255_413270_UFO's_and_Defense_What_Should_we_Prepare_For
Agency: NASA
Page 8
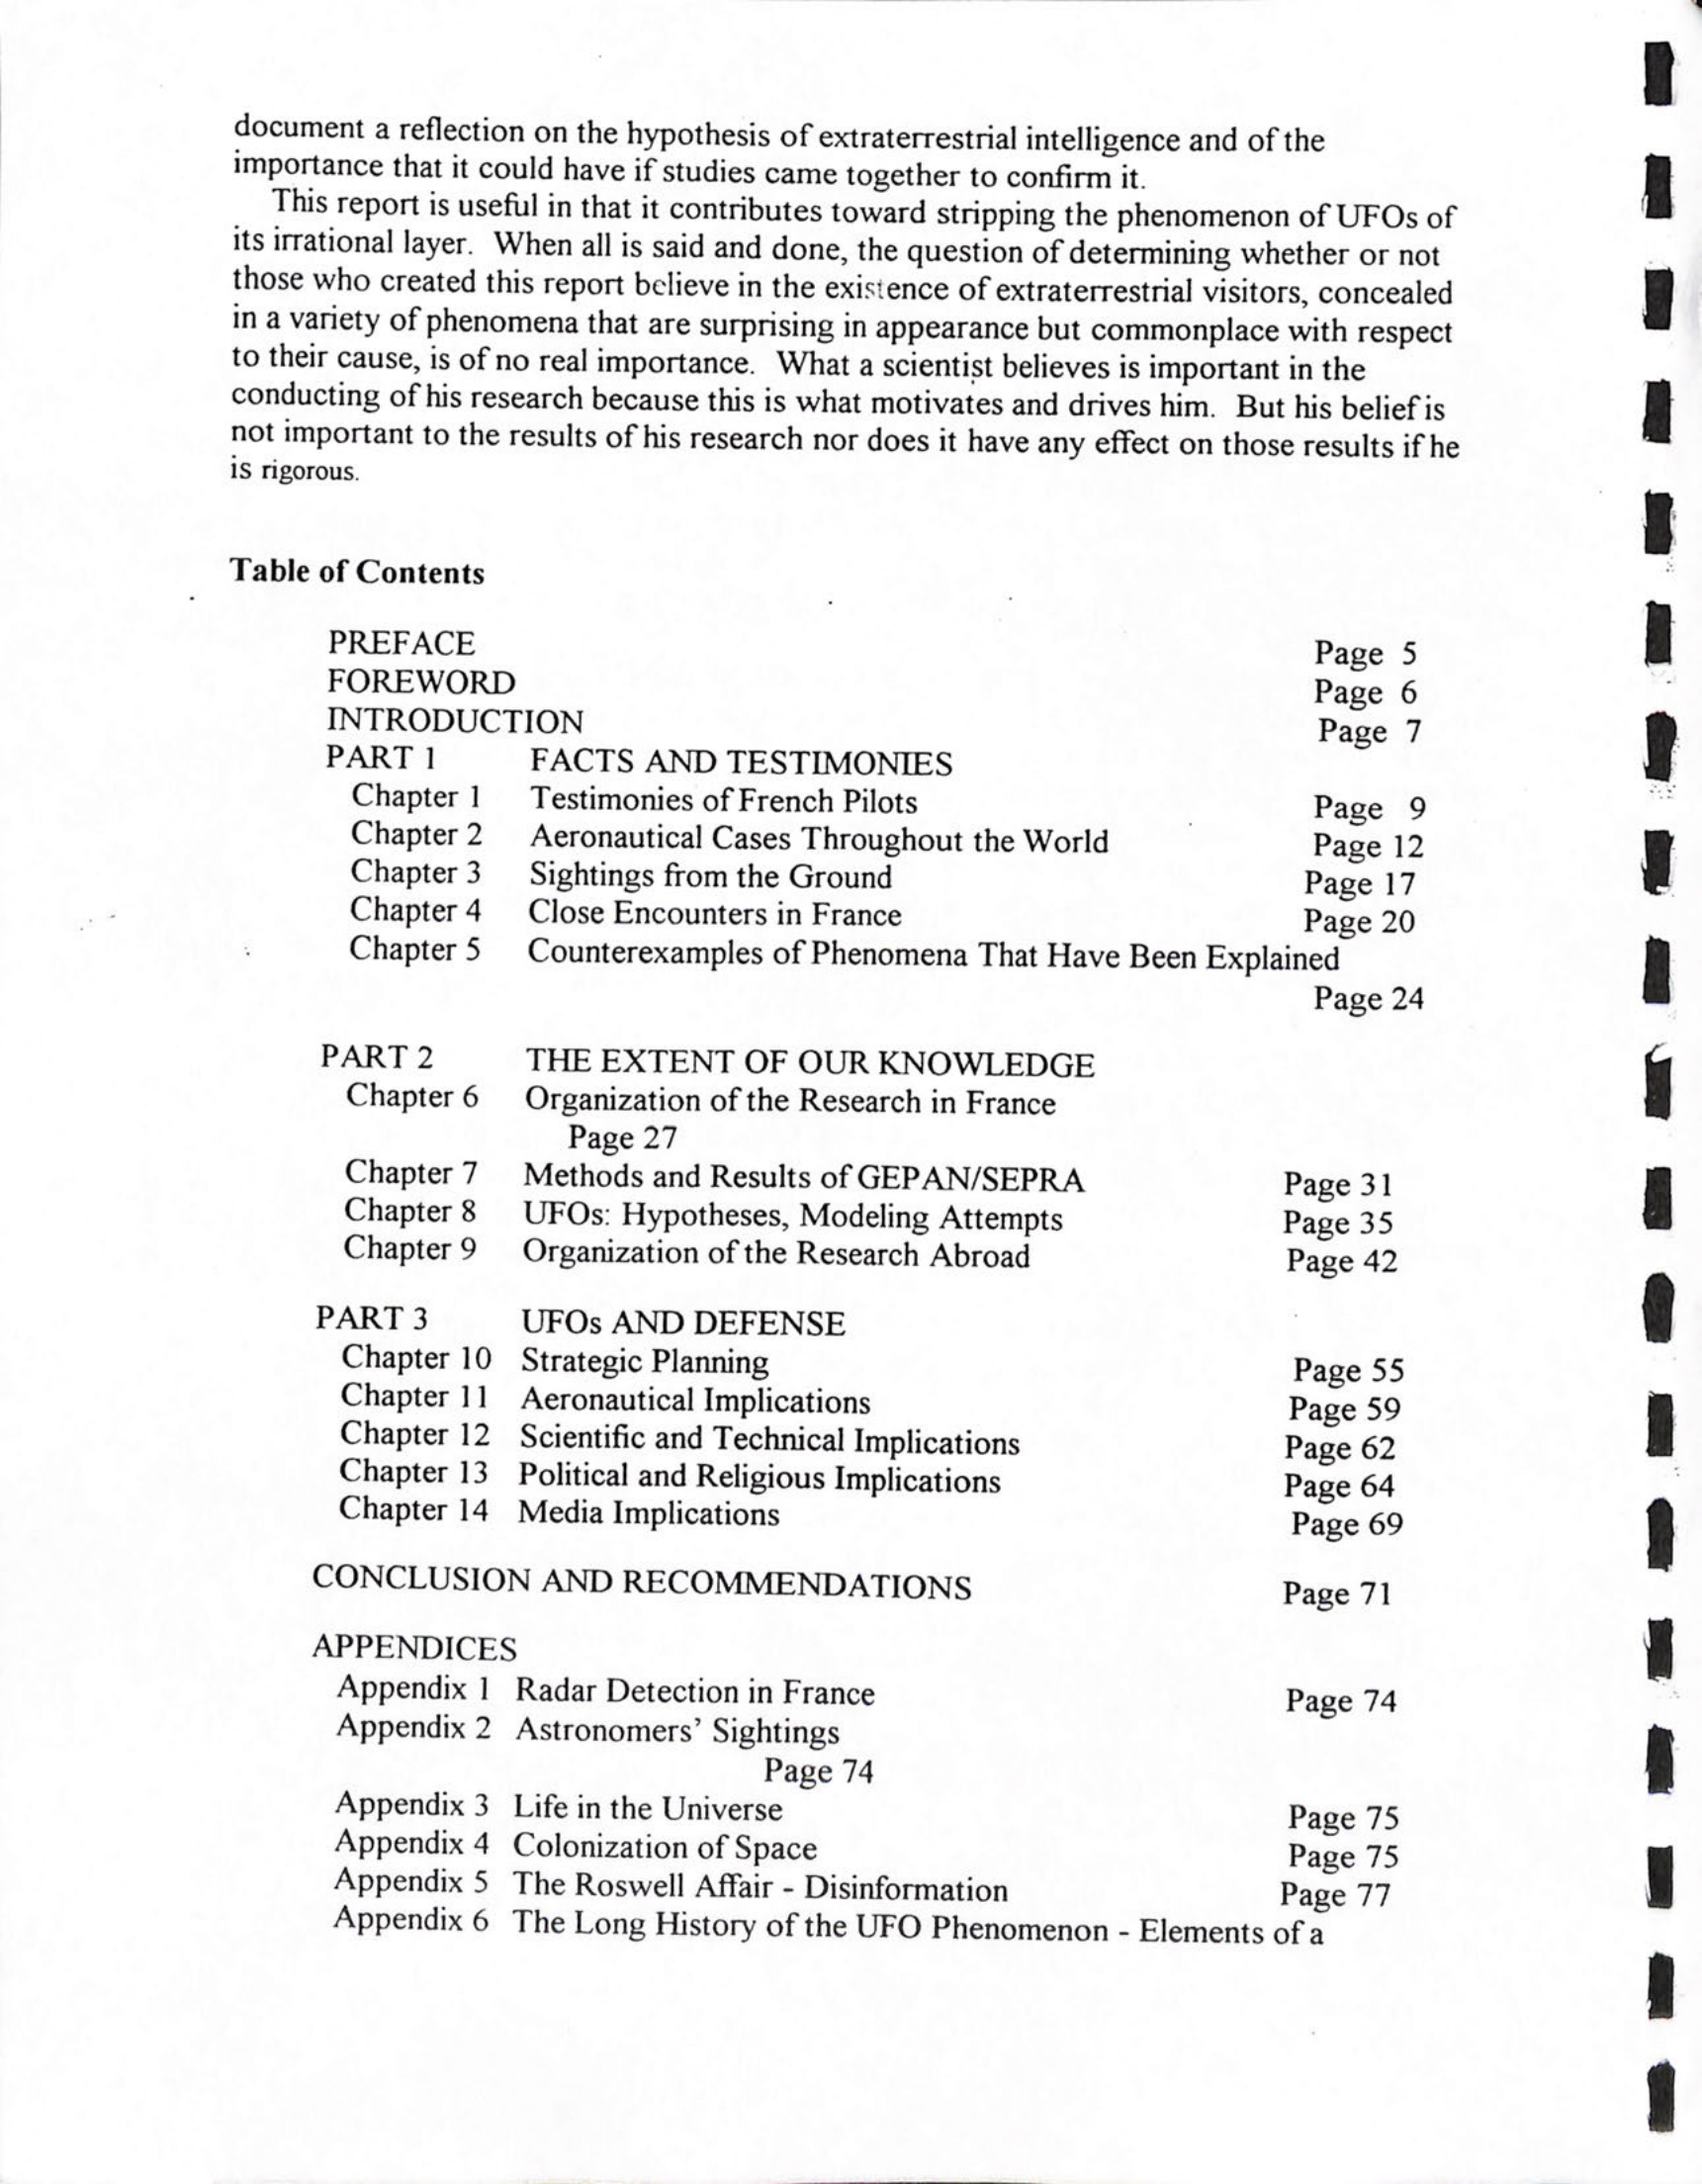